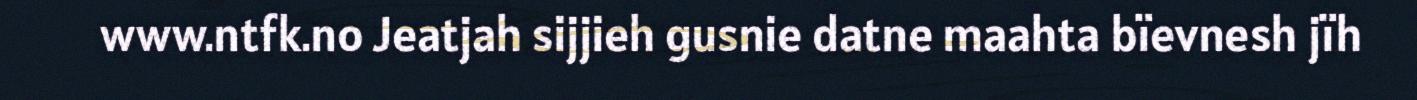
www.ntfk.no Jeatjah sijjieh gusnie datne maahta bïevnesh jïh